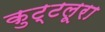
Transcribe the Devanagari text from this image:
कुट्टलूरा